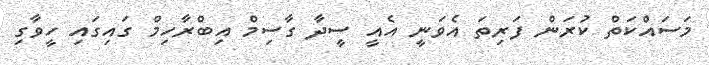
މަސައްކަތް ކުރަން ފަރިތަ އެވަނީ އެއީ ސީދާ ގާސިމް އިބްރާހިމް ގައިގައި ހީވާގި